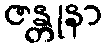
ဇန္တုနာ